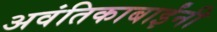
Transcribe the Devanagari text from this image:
अवंतिकाबाईंनी